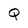
Character: Q